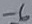
Text: -6